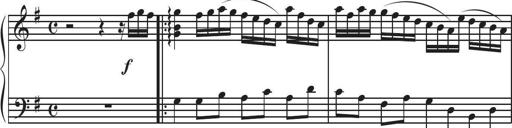
Title: Sonatina Espania
Composer: Jerald Franklin Archer
Key: Various